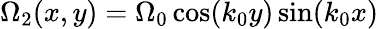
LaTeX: \Omega_{2}(x,y)=\Omega_{0}\cos(k_{0}y)\sin(k_{0}x)